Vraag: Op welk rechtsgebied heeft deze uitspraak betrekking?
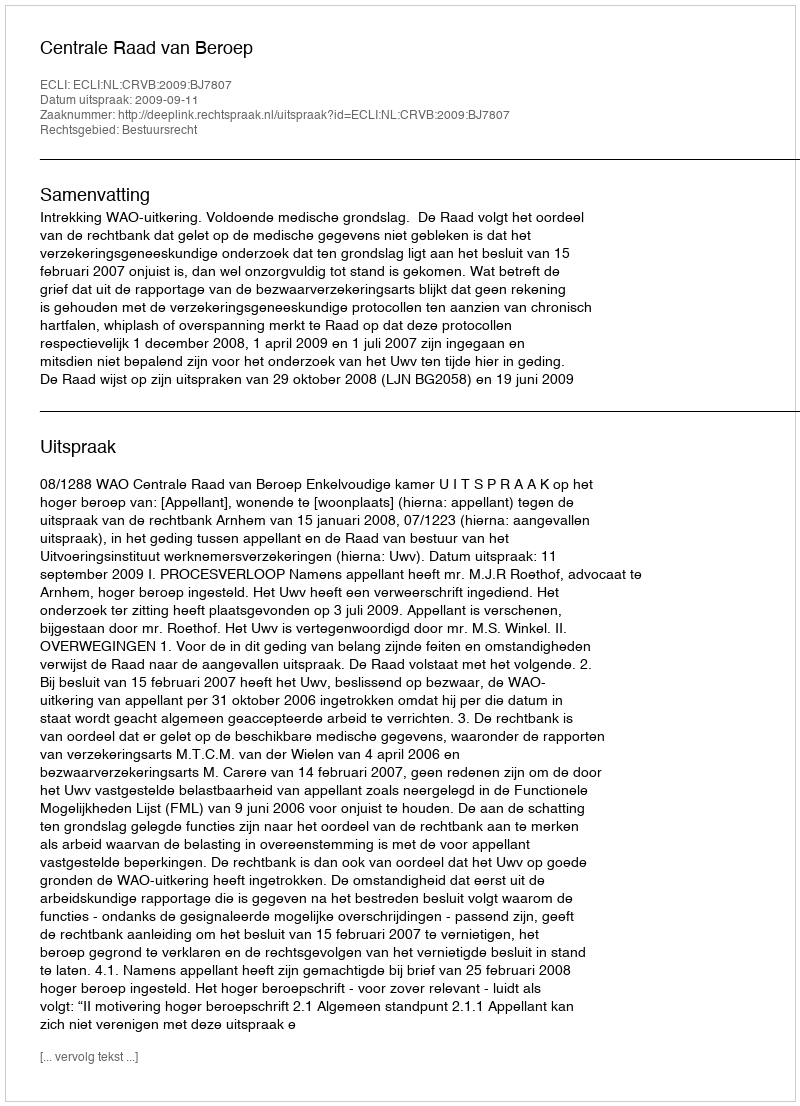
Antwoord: Bestuursrecht